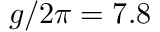
g / 2 \pi = 7 . 8